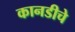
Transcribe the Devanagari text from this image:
कानडीचे